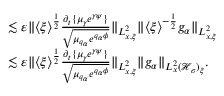
\begin{array} { r l } & { \lesssim \varepsilon \| \langle \xi \rangle ^ { \frac { 1 } { 2 } } \frac { \partial _ { t } \{ \mu _ { \gamma } e ^ { \gamma \psi } \} } { \sqrt { \mu _ { q _ { \alpha } } e ^ { q _ { \alpha } \phi } } } \| _ { L _ { x , \xi } ^ { 2 } } \| \langle \xi \rangle ^ { - \frac { 1 } { 2 } } g _ { \alpha } \| _ { L _ { x , \xi } ^ { 2 } } } \\ & { \lesssim \varepsilon \| \langle \xi \rangle ^ { \frac { 1 } { 2 } } \frac { \partial _ { t } \{ \mu _ { \gamma } e ^ { \gamma \psi } \} } { \sqrt { \mu _ { q _ { \alpha } } e ^ { q _ { \alpha } \phi } } } \| _ { L _ { x , \xi } ^ { 2 } } \| g _ { \alpha } \| _ { L _ { x } ^ { 2 } ( \mathcal H _ { \sigma } ) _ { \xi } } . } \end{array}